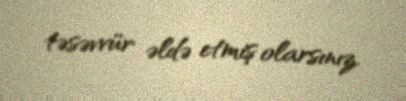
təsəvvür əldə etmiş olarsınız.